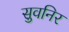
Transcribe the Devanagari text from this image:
सुवनिर